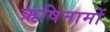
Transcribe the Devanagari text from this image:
ऋषिनामों